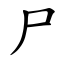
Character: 尸